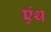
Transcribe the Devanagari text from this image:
एंथ